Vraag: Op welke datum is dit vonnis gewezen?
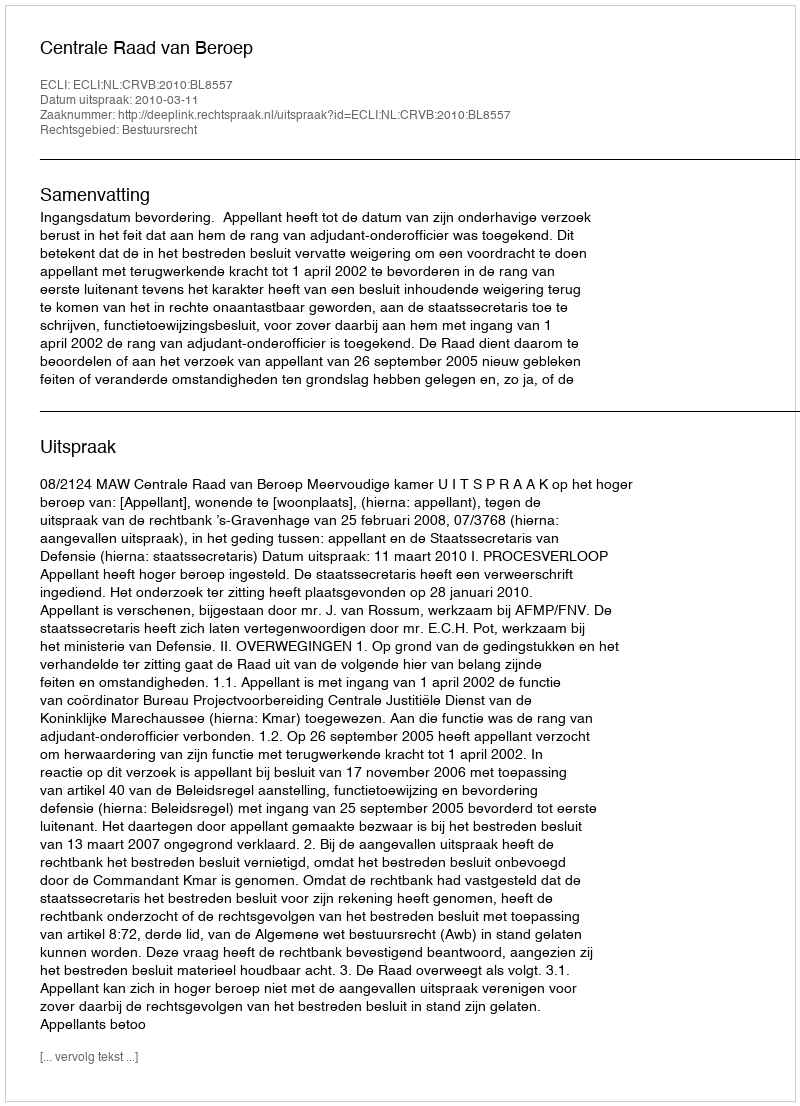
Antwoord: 2010-03-11